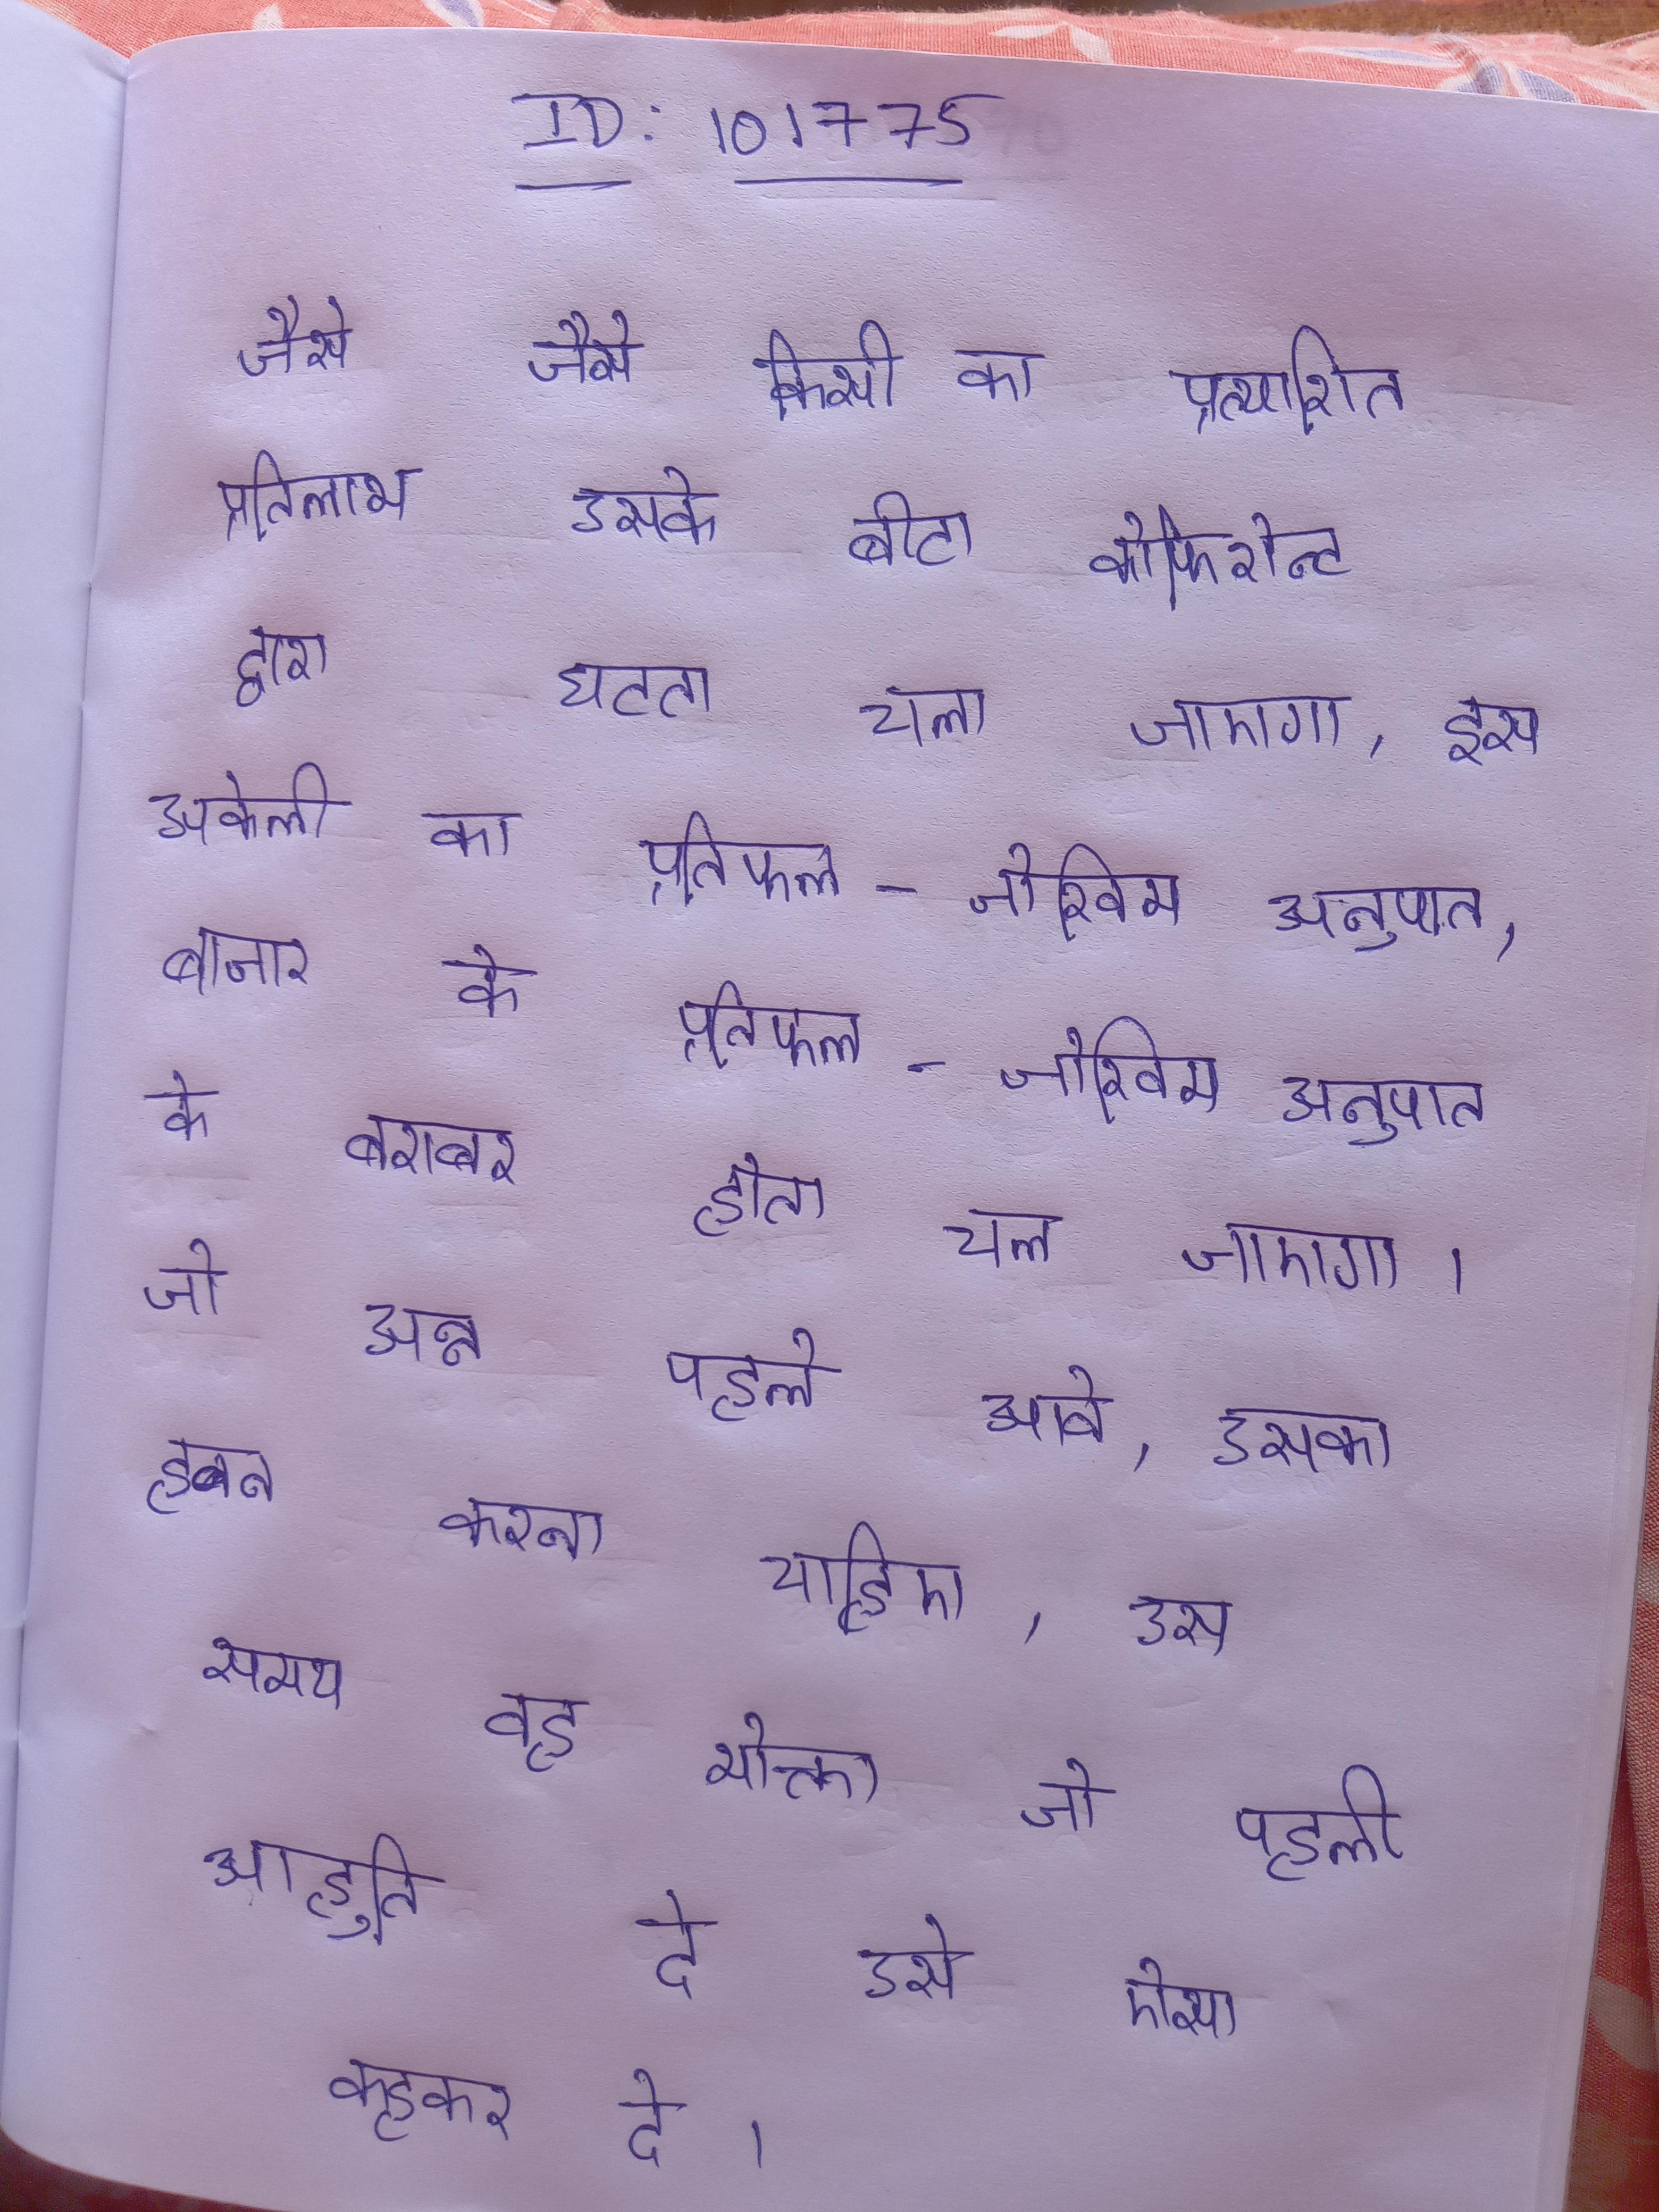
जैसे जैसे किसी का प्रत्याशित प्रतिलाभ उसके बीटा कोफिशेन्ट द्वारा घटता चला जाएगा, इस अकेली का प्रतिफल-जोखिम अनुपात, बाजार के प्रतिफल-जोखिम अनुपात के बराबर होता चला जाएगा । जो अन्न पहले आवे, उसका हवन करना चाहिए, उस समय वह भोक्ता जो पहली आहुति दे उसे ऐसा कहकर दे ।